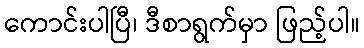
ကောင်းပါပြီ၊ ဒီစာရွက်မှာ ဖြည့်ပါ။